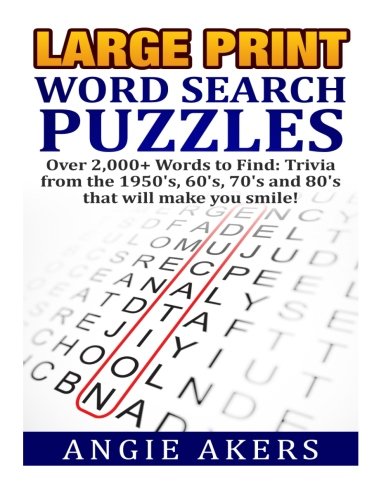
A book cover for Large Print Word Search Puzzles: Over 2,000+ Words To Find: Trivia That Will Make You Smile; Angie Akers; Humor & Entertainment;